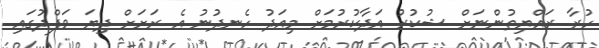
ހުރާ ރައްޔިތުންނަށް ޝުކުރު އަދާކުރުމަށް މިއަދު ހެނދުނު އެ ރަށަށް ދިޔަ ވަފްދުގައި